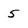
Character: 5